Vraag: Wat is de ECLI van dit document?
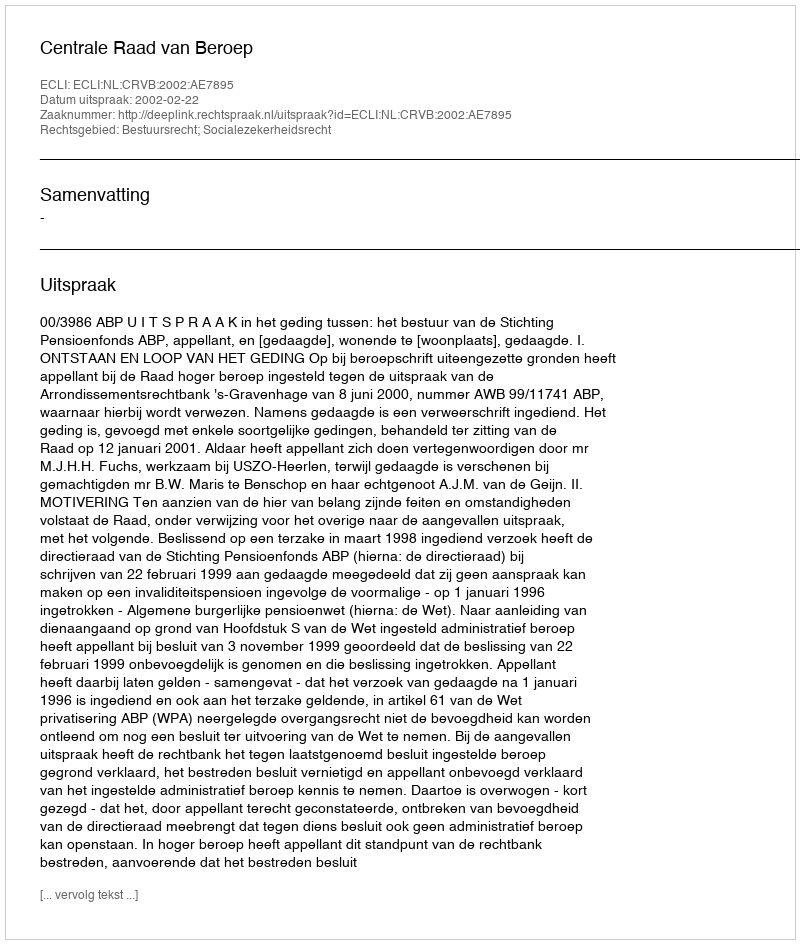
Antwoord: ECLI:NL:CRVB:2002:AE7895